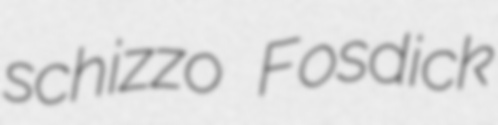
schizzo Fosdick